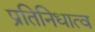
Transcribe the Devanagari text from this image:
प्रतिनिधात्व